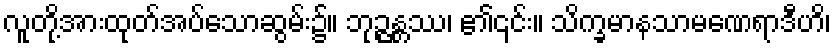
လူတို့အားထုတ်အပ်သောဆွမ်း၌။ ဘုဉ္ဇန္တဿ၊ ၏၎င်း။ သိက္ခမာနသာမဏေရာဒီဟိ၊